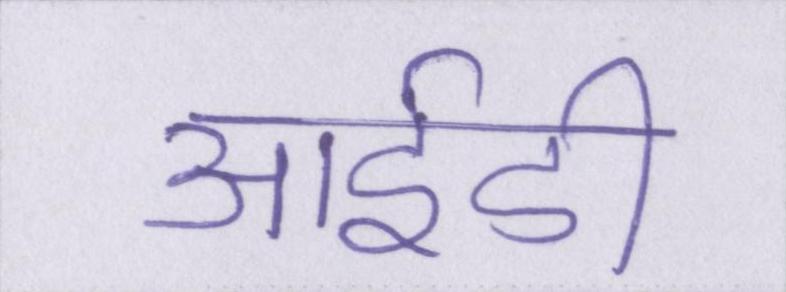
आईडी